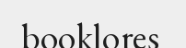
booklores